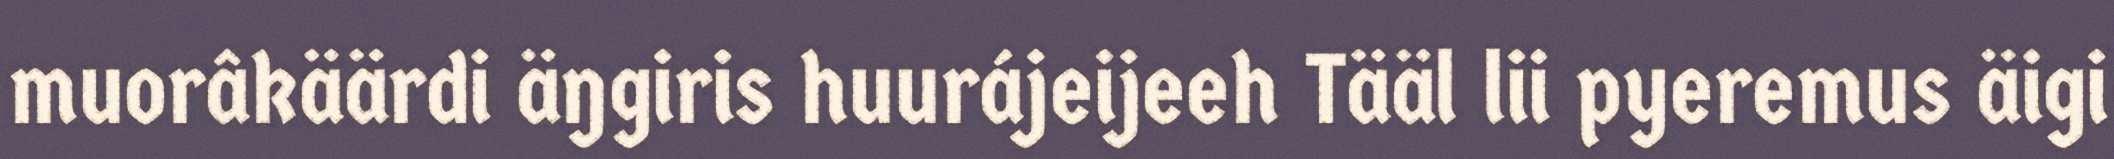
muorâkäärdi äŋgiris huurájeijeeh Tääl lii pyeremus äigi